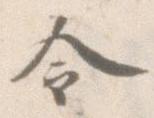
令